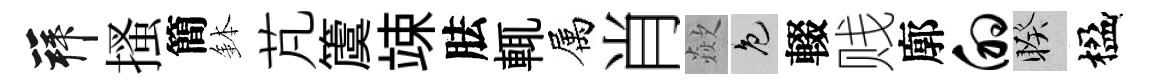
拜搔簡鉢芃𥵂竦胠輒属肖歘色輟贱廓的睽楹